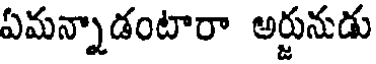
ఏమన్నాడంటారా అర్జునుడు